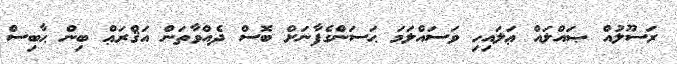
ރަސޫލުއް ޞައްލައް ޢަލައިހި ވަސައްލަމަ ޙަސަންގެފާނަށް ބޮސް ދެއްވާތަން އަޤްރަޢް ބިން ޙާބިސް